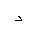
Letter: _dal